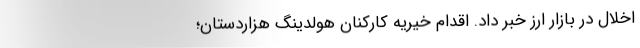
اخلال در بازار ارز خبر داد. اقدام خیریه کارکنان هولدینگ هزاردستان؛